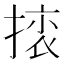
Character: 𢰜